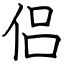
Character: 侣